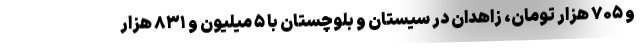
و ۷۰۵ هزار تومان، زاهدان در سیستان و بلوچستان با ۵ میلیون و ۸۳۱ هزار